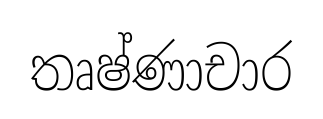
තෘෂ්ණාචාර